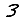
Digit: 3